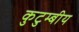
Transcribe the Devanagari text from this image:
कुटुम्बीय